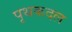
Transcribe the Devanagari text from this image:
पृथकदल